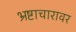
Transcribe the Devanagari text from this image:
भ्रष्टाचारावर